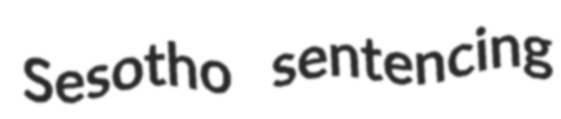
Sesotho sentencing